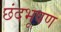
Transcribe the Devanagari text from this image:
छंदभूषण